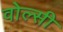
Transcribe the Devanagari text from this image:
वोल्सी